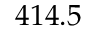
4 1 4 . 5